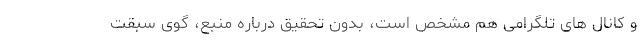
و کانال های تلگرامی هم مشخص است، بدون تحقیق درباره منبع، گوی سبقت